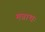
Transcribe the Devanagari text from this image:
मन्नाथः